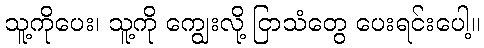
သူ့ကိုပေး၊ သူ့ကို ကျွေးလို့ ငြာသံတွေ ပေးရင်းပေါ့။